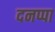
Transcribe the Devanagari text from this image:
दनप्पा